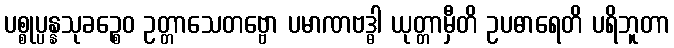
ပစ္စုပ္ပန္နသုခဉ္စေဝ ဥတ္တာသေတဗ္ဗော ပမာဏဗဒ္ဓါ ယုတ္တာမှီတိ ဥပဓာရေတိ ပရိဘူတာ